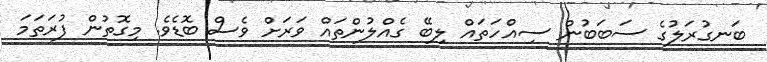
ބަނގުރަލުގެ ސަބަބުން ސިއްހަތައް ލިބޭ ގެއްލުންތައް ވަރަށް ވެސް ބޮޑެވެ. މިގޮތުން ފުރަތަމަ